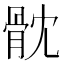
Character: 𩨥